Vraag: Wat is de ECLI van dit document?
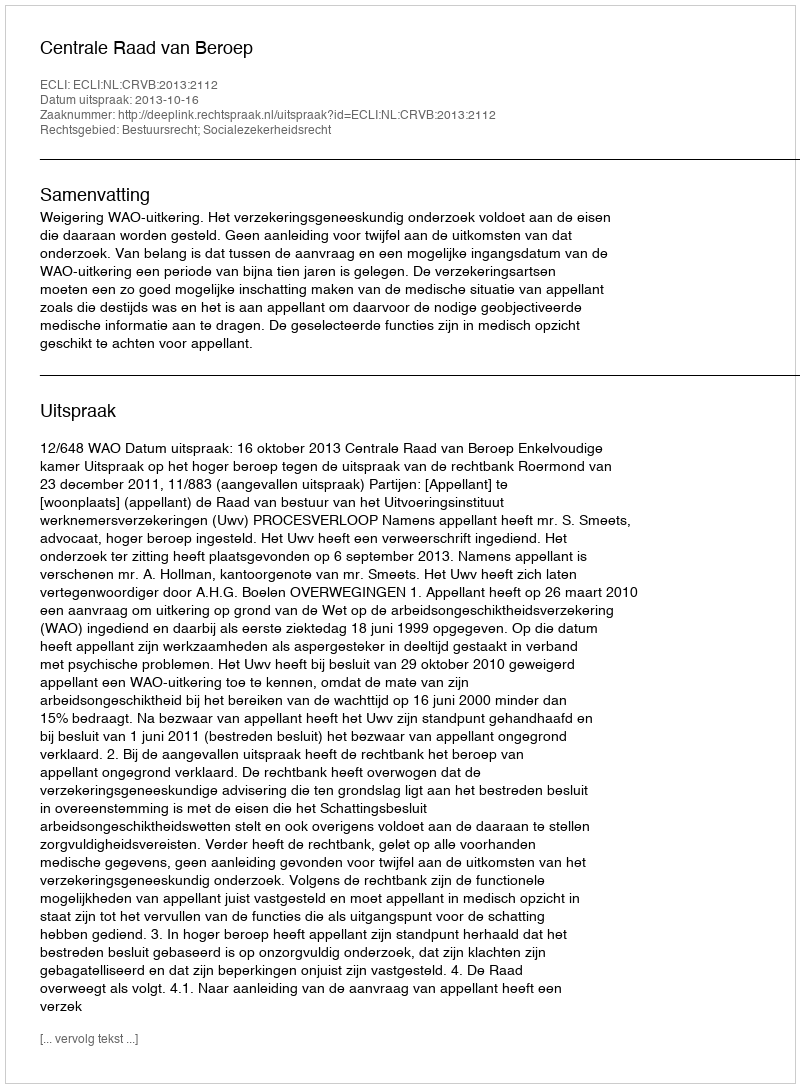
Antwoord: ECLI:NL:CRVB:2013:2112